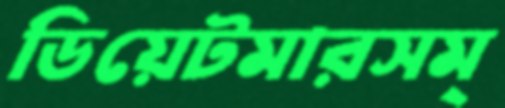
ডিয়েটমারসম্